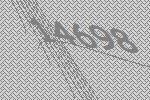
14698